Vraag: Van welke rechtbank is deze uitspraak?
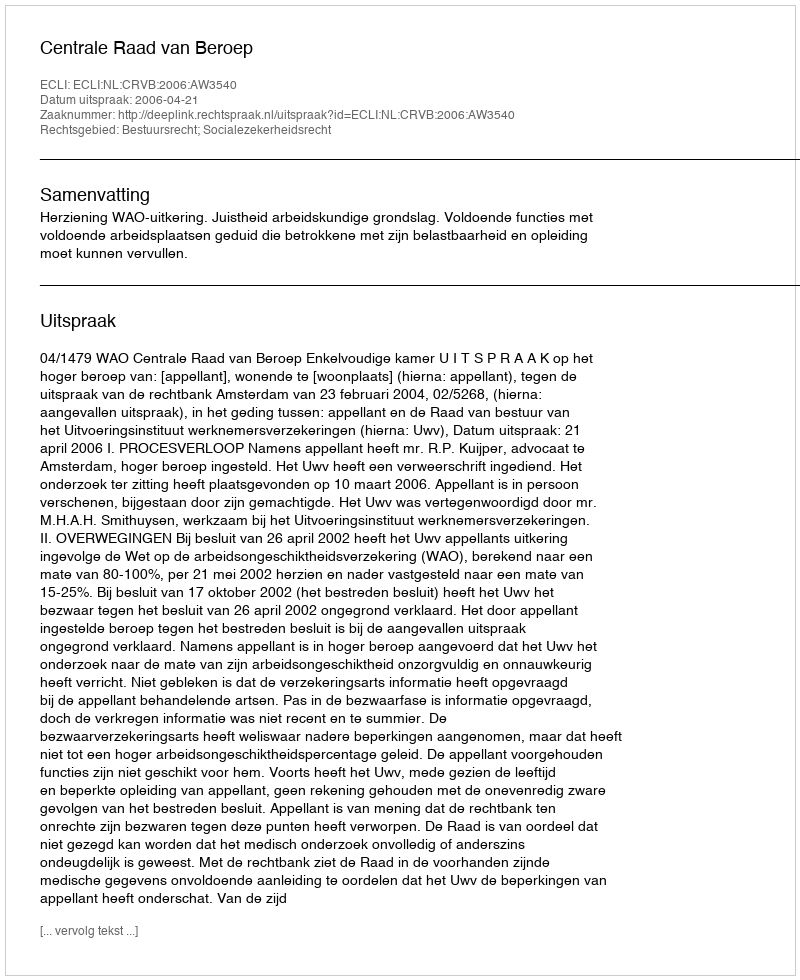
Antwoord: Centrale Raad van Beroep